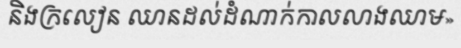
និងក្រលៀន ឈានដល់ដំណាក់កាលលាងឈាម»